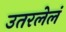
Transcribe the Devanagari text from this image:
उतरलेलं